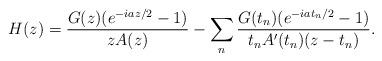
LaTeX: \begin{align*}H(z) = \frac{G(z)(e^{-iaz/2}-1)}{z A(z)} - \sum_n \frac{G(t_n)(e^{-iat_n/2} -1)}{t_n A'(t_n)(z-t_n)}.\end{align*}